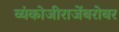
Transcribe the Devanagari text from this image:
व्यंकोजीराजेंबरोबर